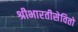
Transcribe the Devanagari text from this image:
श्रीभारतीसेवितो